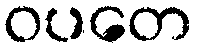
ဝပတေ